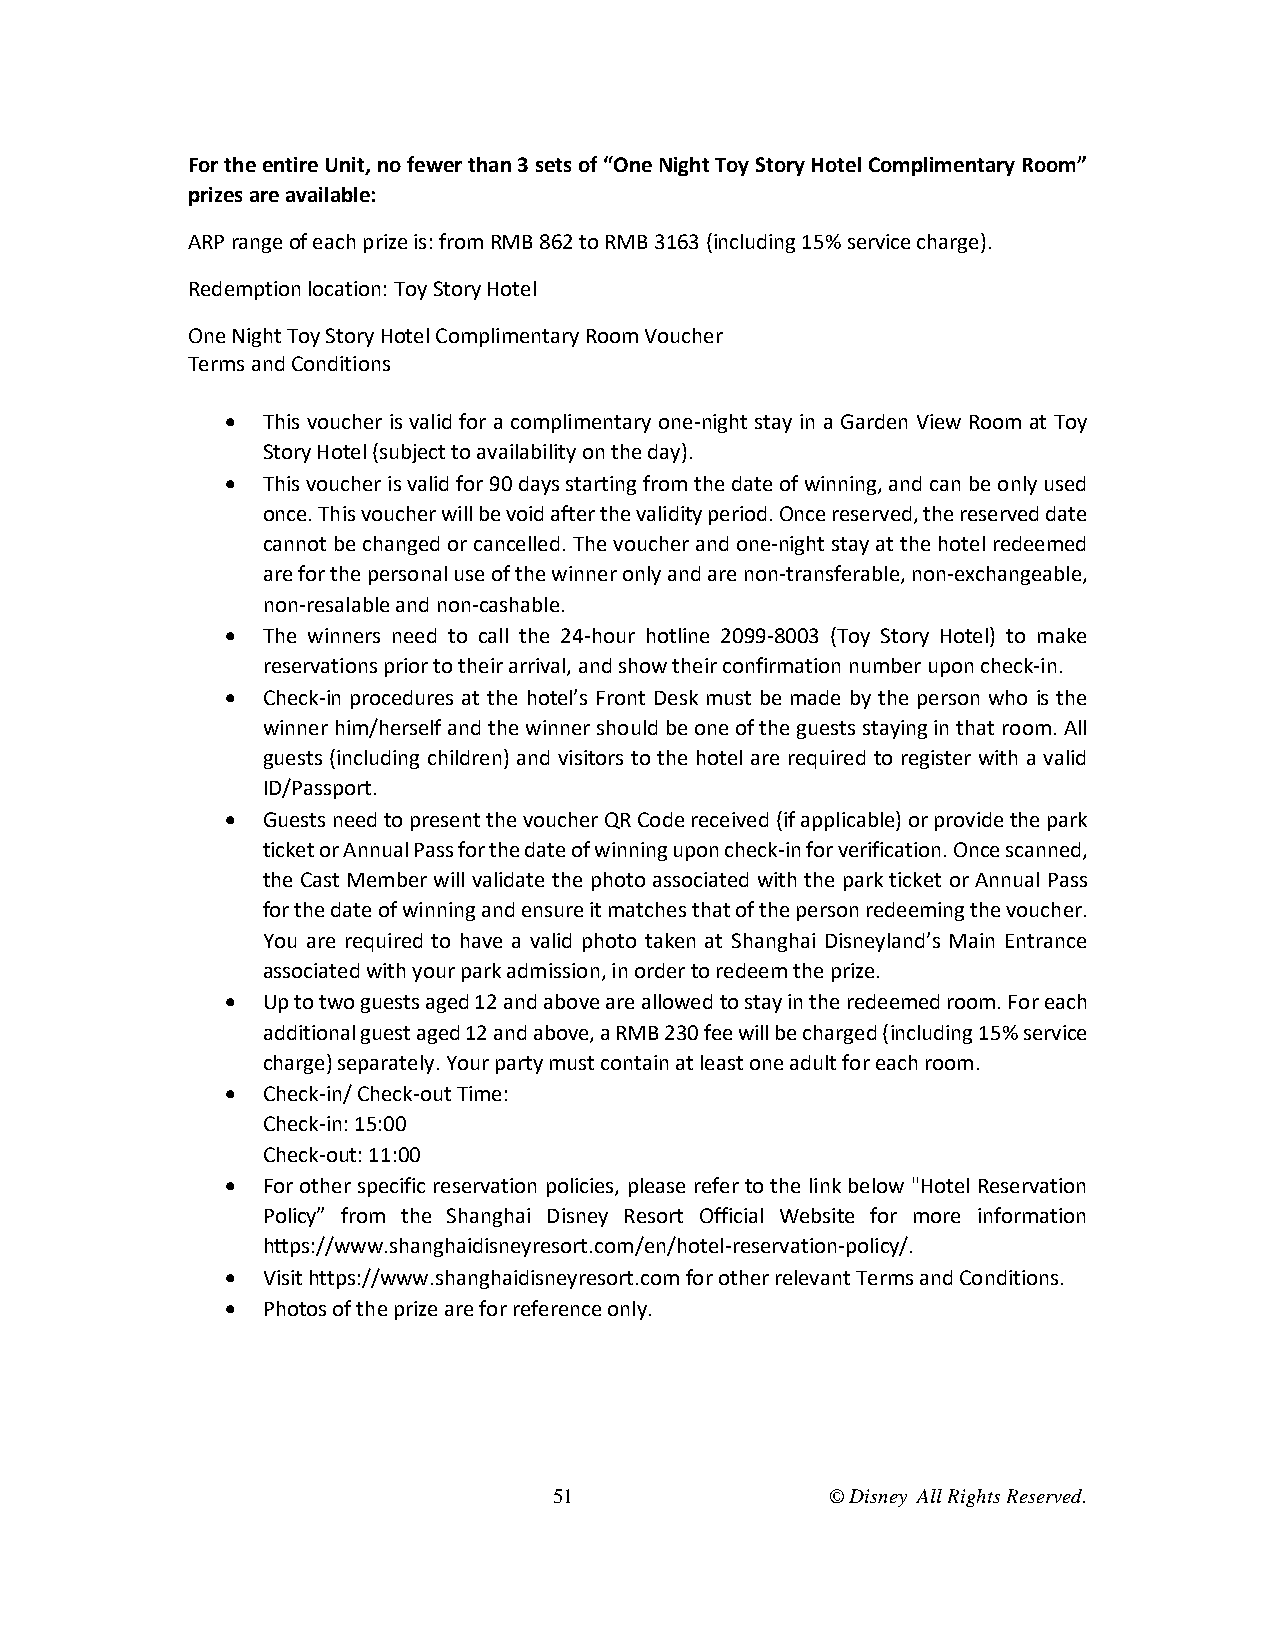
For the entire Unit, no fewer than 3 sets of “One Night Toy Story Hotel Complimentary Room”
 prizes are available:
 ARP range of each prize is: from RMB 862 to RMB 3163 (including 15% service charge).
 Redemption location: Toy Story Hotel
 One Night Toy Story Hotel Complimentary Room Voucher
 Terms and Conditions
  This voucher is valid for a complimentary one-night stay in a Garden View Room at Toy
 Story Hotel (subject to availability on the day).
  This voucher is valid for 90 days starting from the date of winning, and can be only used
 once. This voucher will be void after the validity period. Once reserved, the reserved date
 cannot be changed or cancelled. The voucher and one-night stay at the hotel redeemed
 are for the personal use of the winner only and are non-transferable, non-exchangeable,
 non-resalable and non-cashable.
  The winners need to call the 24-hour hotline 2099-8003 (Toy Story Hotel) to make
 reservations prior to their arrival, and show their confirmation number upon check-in.
  Check-in procedures at the hotel’s Front Desk must be made by the person who is the
 winner him/herself and the winner should be one of the guests staying in that room. All
 guests (including children) and visitors to the hotel are required to register with a valid
 ID/Passport.
  Guests need to present the voucher QR Code received (if applicable) or provide the park
 ticket or Annual Pass for the date of winning upon check-in for verification. Once scanned,
 the Cast Member will validate the photo associated with the park ticket or Annual Pass
 for the date of winning and ensure it matches that of the person redeeming the voucher.
 You are required to have a valid photo taken at Shanghai Disneyland’s Main Entrance
 associated with your park admission, in order to redeem the prize.
  Up to two guests aged 12 and above are allowed to stay in the redeemed room. For each
 additional guest aged 12 and above, a RMB 230 fee will be charged (including 15% service
 charge) separately. Your party must contain at least one adult for each room.
  Check-in/ Check-out Time:
 Check-in: 15:00
 Check-out: 11:00
  For other specific reservation policies, please refer to the link below "Hotel Reservation
 Policy” from the Shanghai Disney Resort Official Website for more information
 https://www.shanghaidisneyresort.com/en/hotel-reservation-policy/.
  Visit https://www.shanghaidisneyresort.com for other relevant Terms and Conditions.
  Photos of the prize are for reference only.
 51                © Disney All Rights Reserved.